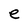
Character: e